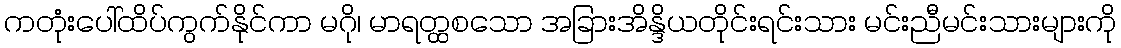
ကတုံးပေါ်ထိပ်ကွက်နိုင်ကာ မဂို၊ မာရတ္ထစသော အခြားအိန္ဒိယတိုင်းရင်းသား မင်းညီမင်းသားများကို